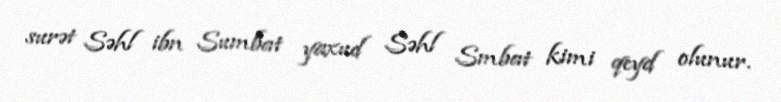
surət Səhl ibn Sumbat yaxud Səhl Smbat kimi qeyd olunur.